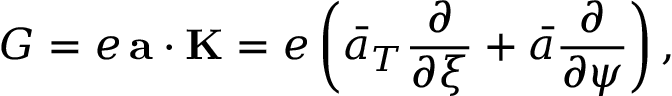
G = e \, { \bf a } \cdot { \bf K } = e \left( \bar { a } _ { T } \frac { \partial } { \partial \xi } + \bar { a } \frac { \partial } { \partial \psi } \right) ,